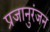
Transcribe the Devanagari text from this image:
प्रजानुरंजन